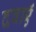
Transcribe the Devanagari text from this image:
दवाऍं